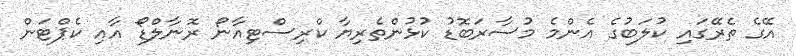
އޭގެ ތެރޭގައި ކުލަބުގެ އެންމެ މުސާރަބޮޑު ކުޅުންތެރިޔާ ކްރިސްޓިއާނޯ ރޮނާލްޑޯ އާއި ކެޕްޓަން